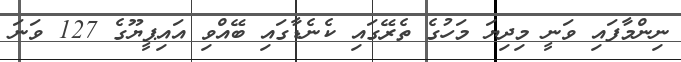
ނިންމާފައި ވަނީ މިދިޔަ މަހުގެ ތެރޭގައި ކެނެޑާގައި ބޭއްވި އައިޕީޔޫގެ 127 ވަނަ